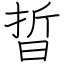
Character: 晢